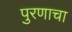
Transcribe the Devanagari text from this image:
पुरणाचा